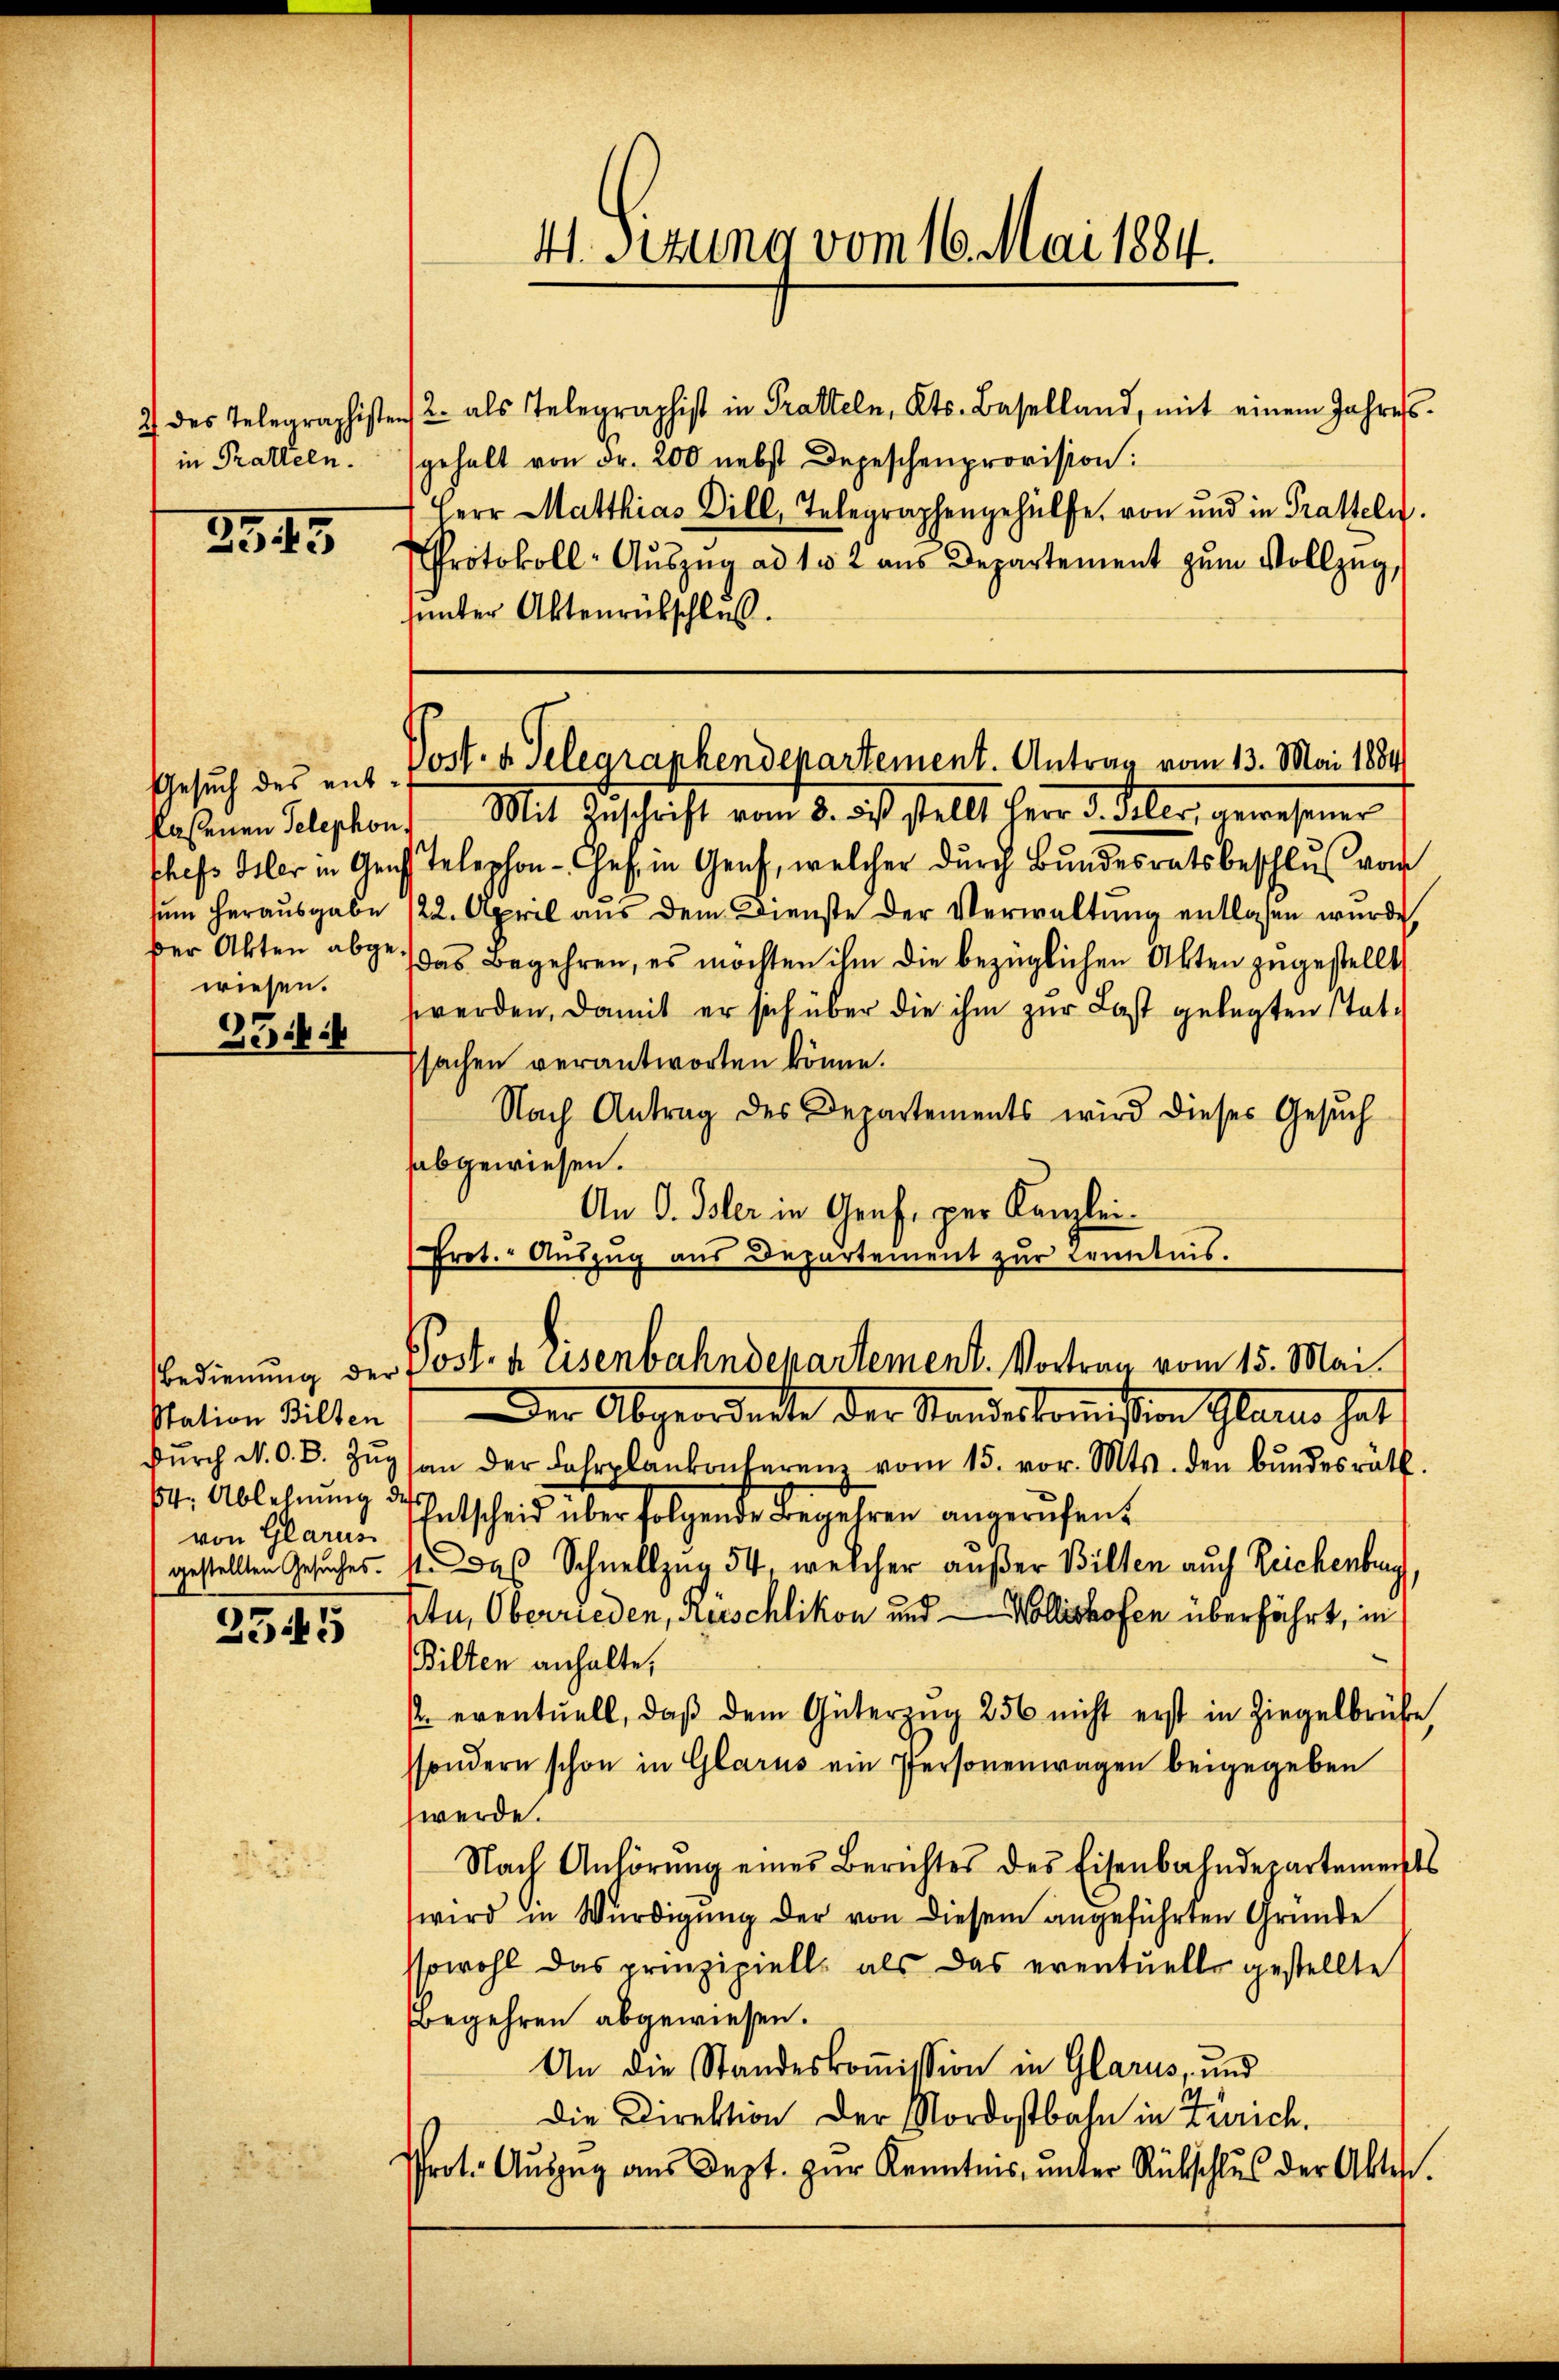
in Ratteln.

2545

Gesuch des entfaßenen Telephon,
sum herausgabe
der Akten abgewiesen.

33

Bedienung der
Station Bilten
durch N. O. B. Zu¬
64. Ablehnung d
von Glarus
gestellten Gesuches.

2545

2 des Telegraphisten als Telegraphist in Pratteln, Kts. Baselland, mit einem Jahress-
gehalt von Fr. 200 nebst Depeschenprovision:
Herr Matthias Dill, Telegraphengehülfe, von und in Pratteln.
Protokoll-Aŭszŭg ad 102 aŭs Departement zŭm Vollzŭg,
sunter Aktenrütschluß.

4 sezung vom 16. Mai 1884.

Post- u. Telegraphendepartement. Antrag vom 13. Mai 1884

Post. husenbahndepartement. Vortrag vom 15. Mai.

Mit Zuschrift vom 8. ds. stellt Herr D. deler, gewesener
schefs Oster in Genf telephon-Chef in Genf, welcher durch Bŭndesratsbeschluß vom
/22. April aŭs dem Dienste der Verwaltŭng entlassen wurde,
das Begehren, es möchten ihm die bezüglichen Akten zugestellt
werden, damit er sich über die ihm zur Last gelegten statsachen verantworten könne.
Nach Antrag des Departements wird dieses Gesuch
abgewiesen.
An O. Isler in Genf, per Kanzlei.
Prot. Aŭszŭg aŭs Departement zŭr Kenntnis.

Der Abgeordente der Standeskommißion Glano hat
an der Fahrplankonferen vom 15. vor. Mts. den Bŭndesräth.
Entscheid über folgende Begehren angerufen.
4. Das Schnellzug 54, welcher außer Billen auch Reichenburg,
Ptu, Oberrieden, Rüschlikon und Wollishofen überfährt, in
Bilten anhalte,
 eventuell, daβ dem Güterzug 256 nicht erst in Ziegelbrühe
ssondern schon in Glarus ein Personenwagen beigegeben
werde.
Nach Anhörŭng eines Berichtes des Eisenbahndepartements
wird in Würdigung der von diesem angeführten Gründe
ssowohl das prinzipiell als das eventuelle gestellte
Begehren abgewiesen.
An die Standeskoṁission in Glarus, und
die Direktion der Nordostbahn in Zürich.
Prot. Aŭszŭg aŭs Sept. zŭr Kenntnis ŭnter Rückschlŭs der Aktes.